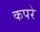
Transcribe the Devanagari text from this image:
कपरे